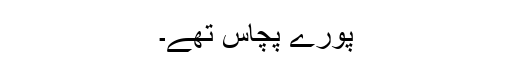
پورے پچاس تھے۔